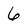
Character: 6